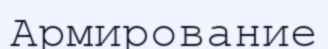
Армирование